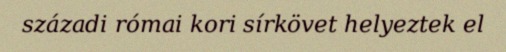
századi római kori sírkövet helyeztek el